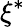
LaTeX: \xi^{\ast}